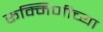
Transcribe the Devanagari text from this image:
रूक्मिणीच्या